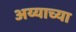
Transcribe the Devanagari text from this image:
अय्याच्या